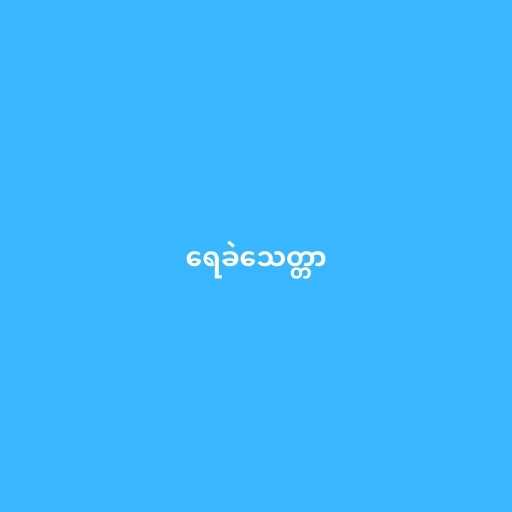
ရေခဲသေတ္တာ